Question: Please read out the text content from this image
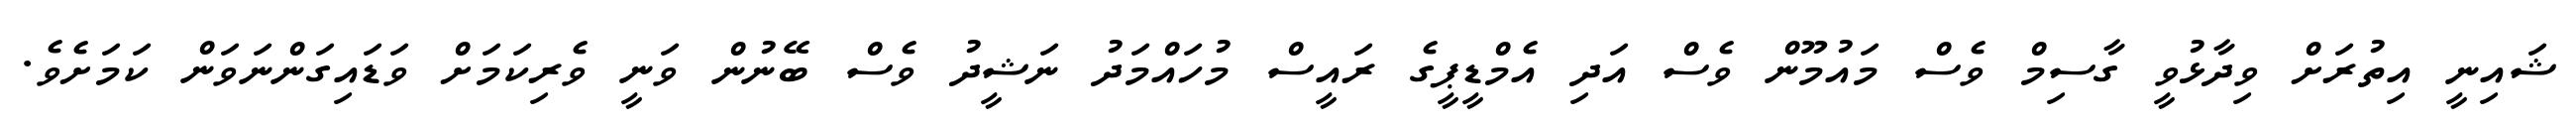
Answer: ޝައިނީ އިތުރަށް ވިދާޅުވީ ގާސިމް ވެސް މައުމޫން ވެސް އަދި އެމްޑީޕީގެ ރައީސް މުހައްމަދު ނަޝީދު ވެސް ބޭނުން ވަނީ ވެރިކަމަށް ވަޑައިގަންނަވަން ކަމަށެވެ.